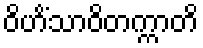
ဝိဟိံသာဝိတက္ကာတိ